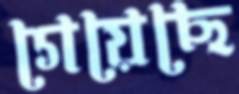
গেয়েছে